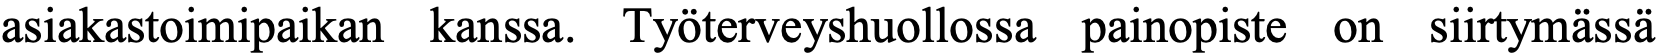
asiakastoimipaikan kanssa. Työterveyshuollossa painopiste on siirtymässä